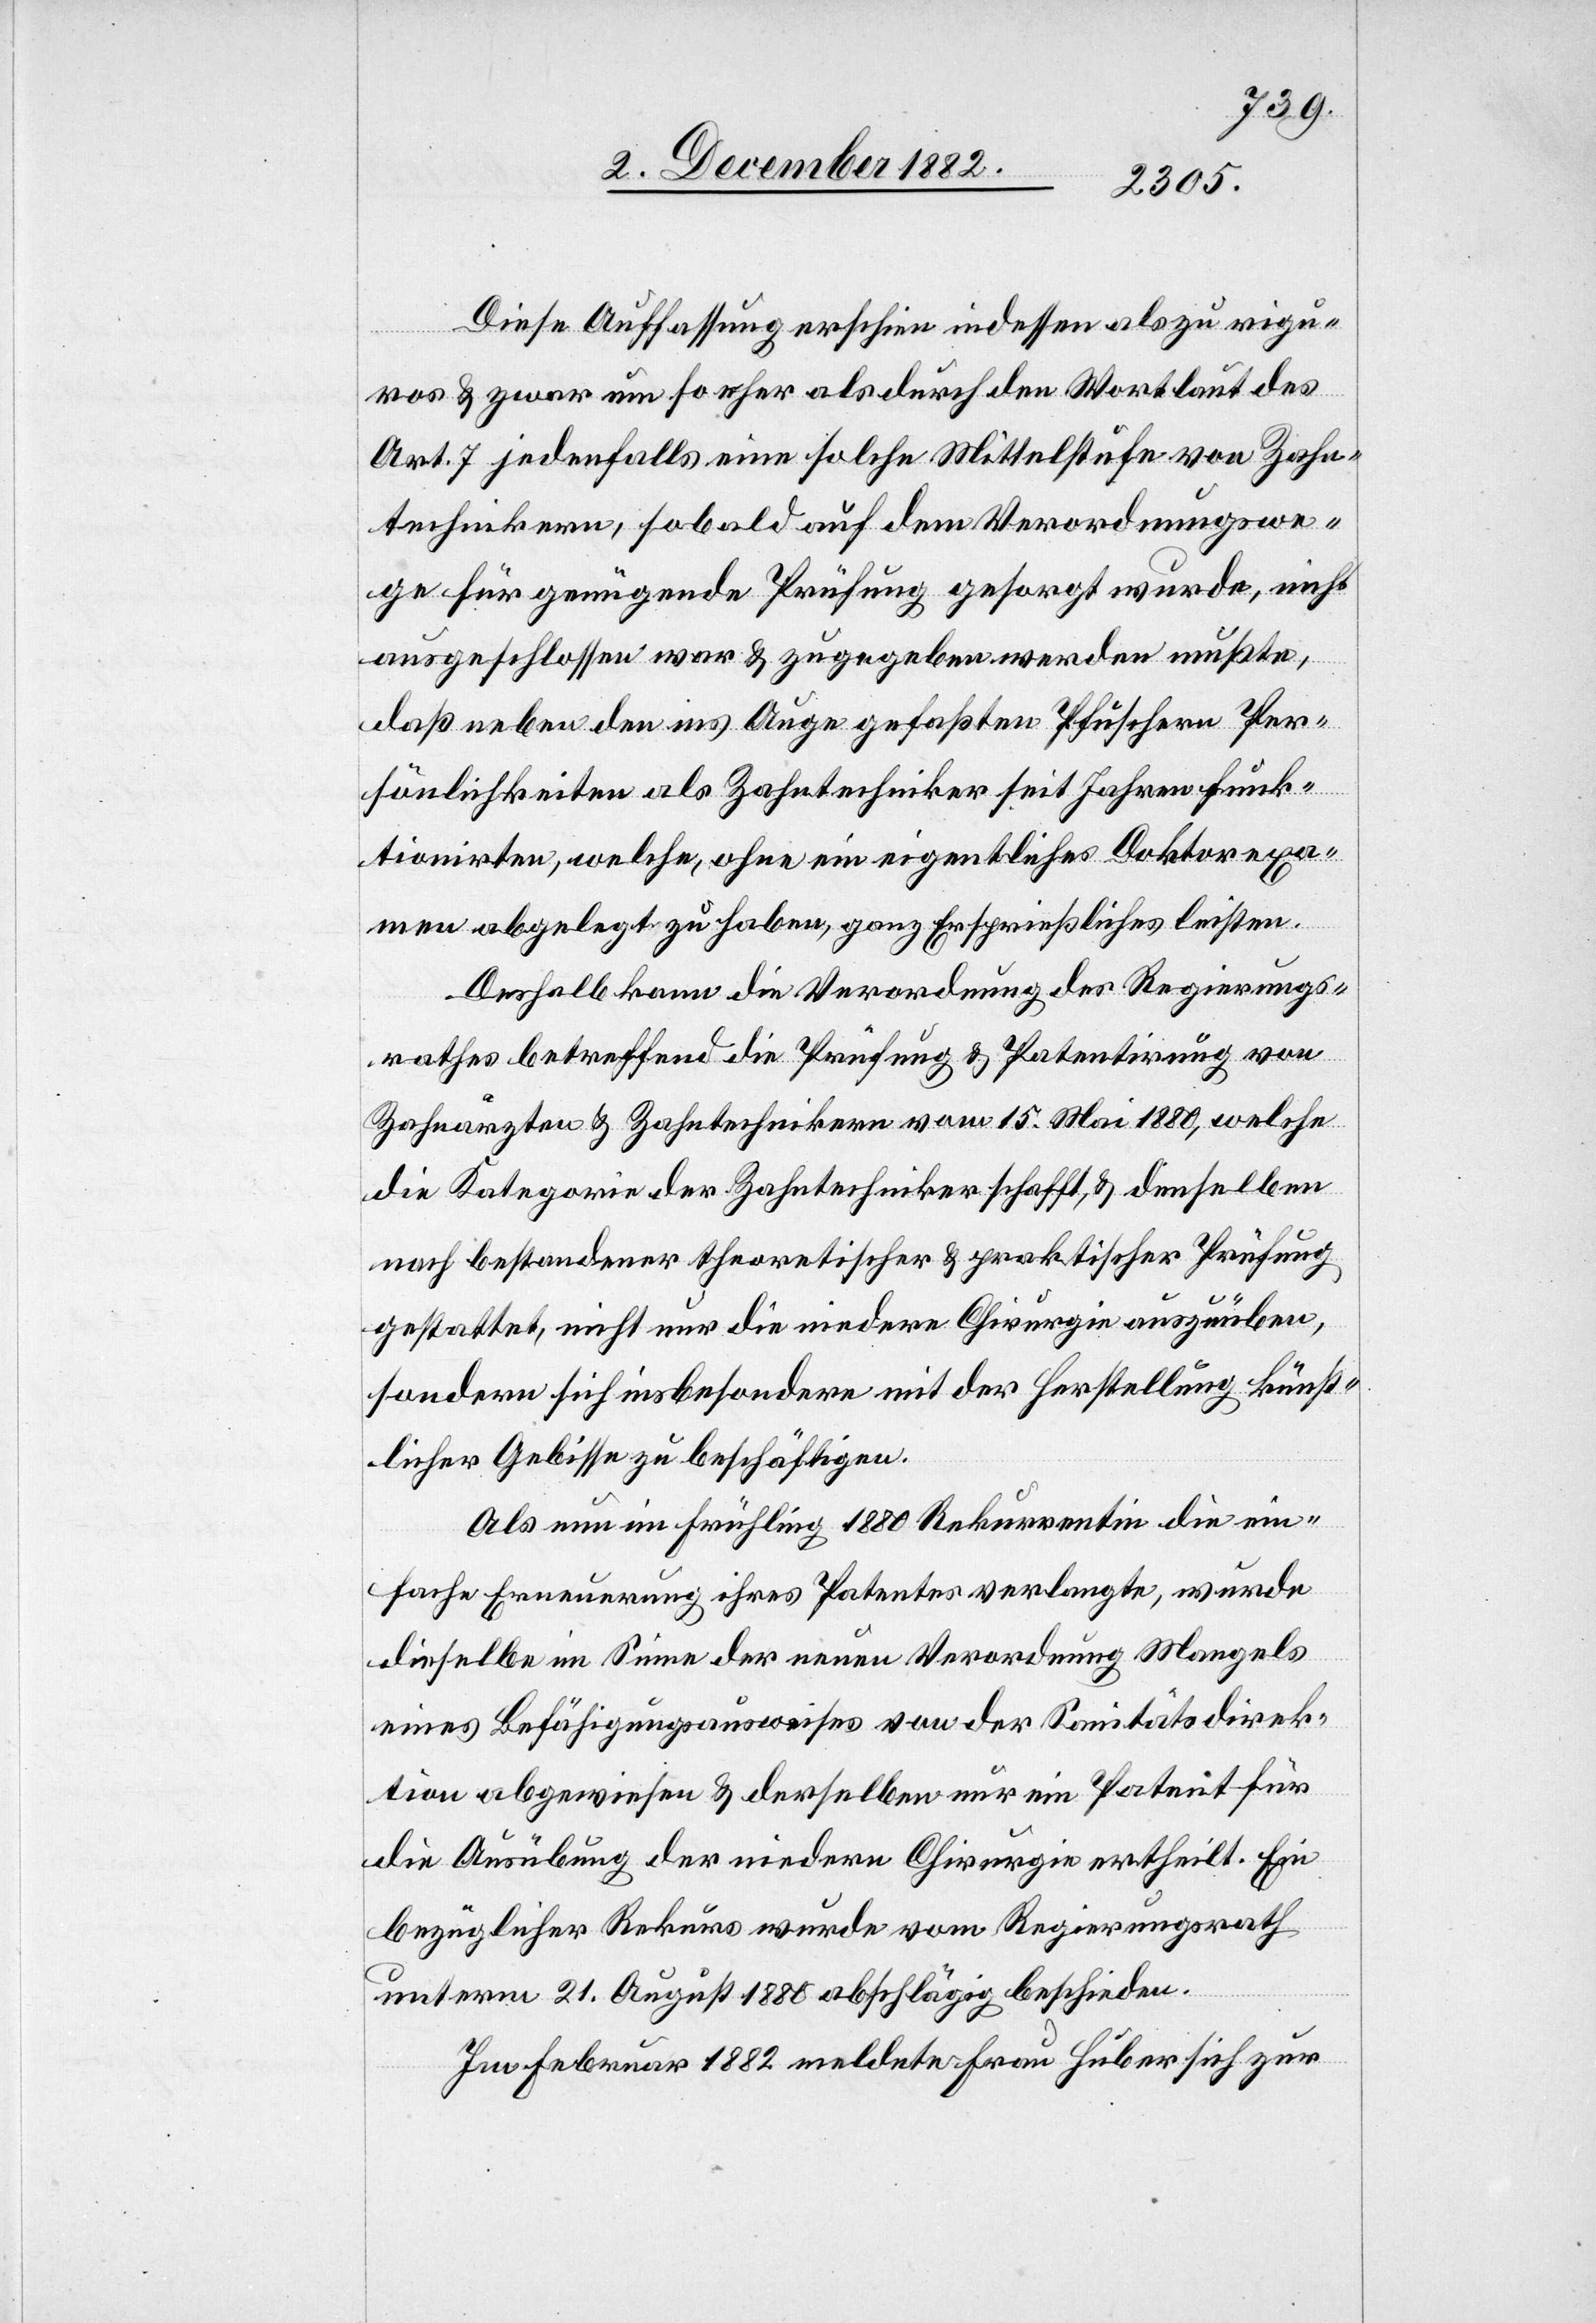
Diese Auffassung erschien indessen als zu riguros
& zwar um so eher als durch den Wortlaut des
Art. 7 jedenfalls eine solche Mittelstufe von Zahn¬
technikern, sobald auf dem Verordnungswe¬
ge für genügende Prüfung gesorgt wurde, nicht
ausgeschlossen war & zugegeben werden mußte,
daß neben den ins Auge gefaßten Pfuschern Per¬
sönlichkeiten als Zahntechniker seit Jahren funk¬
tionirten, welche, ohne ein eigentliches Doktorexa¬
men abgelegt zu haben, ganz Ersprießliches leisten.
[recte: kam] die Verordnung des Regierungs¬
rathes betreffend die Prüfung & Patentirung von
Zahnärzten & Zahntechnikern vom 15. Mai 1880, welche
die Kategorie der Zahntechniker schafft, & denselben
nach bestandener theoretischer & praktischer Prüfung
gestattet, nicht nur die niedere Chirurgie auszuüben,
sondern sich insbesondere mit der Herstellung künst¬
licher Gebisse zu beschäftigen.
Als nun im Frühling 1880 Rekurrentin die ein¬
fache Erneuerung ihres Patentes verlangte, wurde
dieselbe im Sinne der neuen Verordnung Mangels
eines Befähigungsausweises von der Sanitätsdirek¬
tion abgewiesen & derselben nur ein Patent für
die Ausübung der niedern Chirurgie ertheilt. Ein
bezüglicher Rekurs wurde vom Regierungsrath
unterm 21. August 1880 abschlägig beschieden.
Im Februar 1882 meldete Frau Huber sich zur